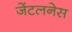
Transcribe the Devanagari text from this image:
जेंटलनेस